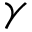
\gamma